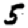
Digit: 5